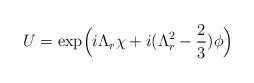
\begin{align*}U=\exp\Bigl(i\Lambda_r \chi + i( \Lambda_r^2-\frac{2}{3})\phi\Bigr)\ \end{align*}